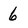
Character: 6